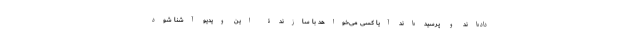
داده‌اند و پرسیده‌اند آیا کسی می‌خواهد با سازندۀ این ویدیو آشنا شود